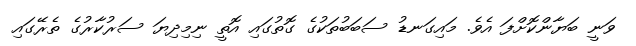
ވަނީ ބަޔާންކޮށްފަ އެވެ. މައިގަނޑު ސަބަބުތަކުގެ ގޮތުގައި އޮތީ ނިމިދިޔަ ސަރުކާރުގެ ތެރޭގައި